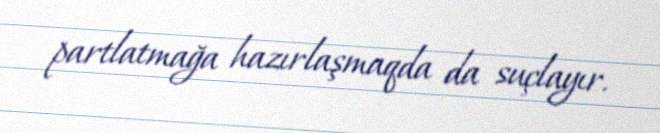
partlatmağa hazırlaşmaqda da suçlayır.